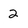
Character: 2